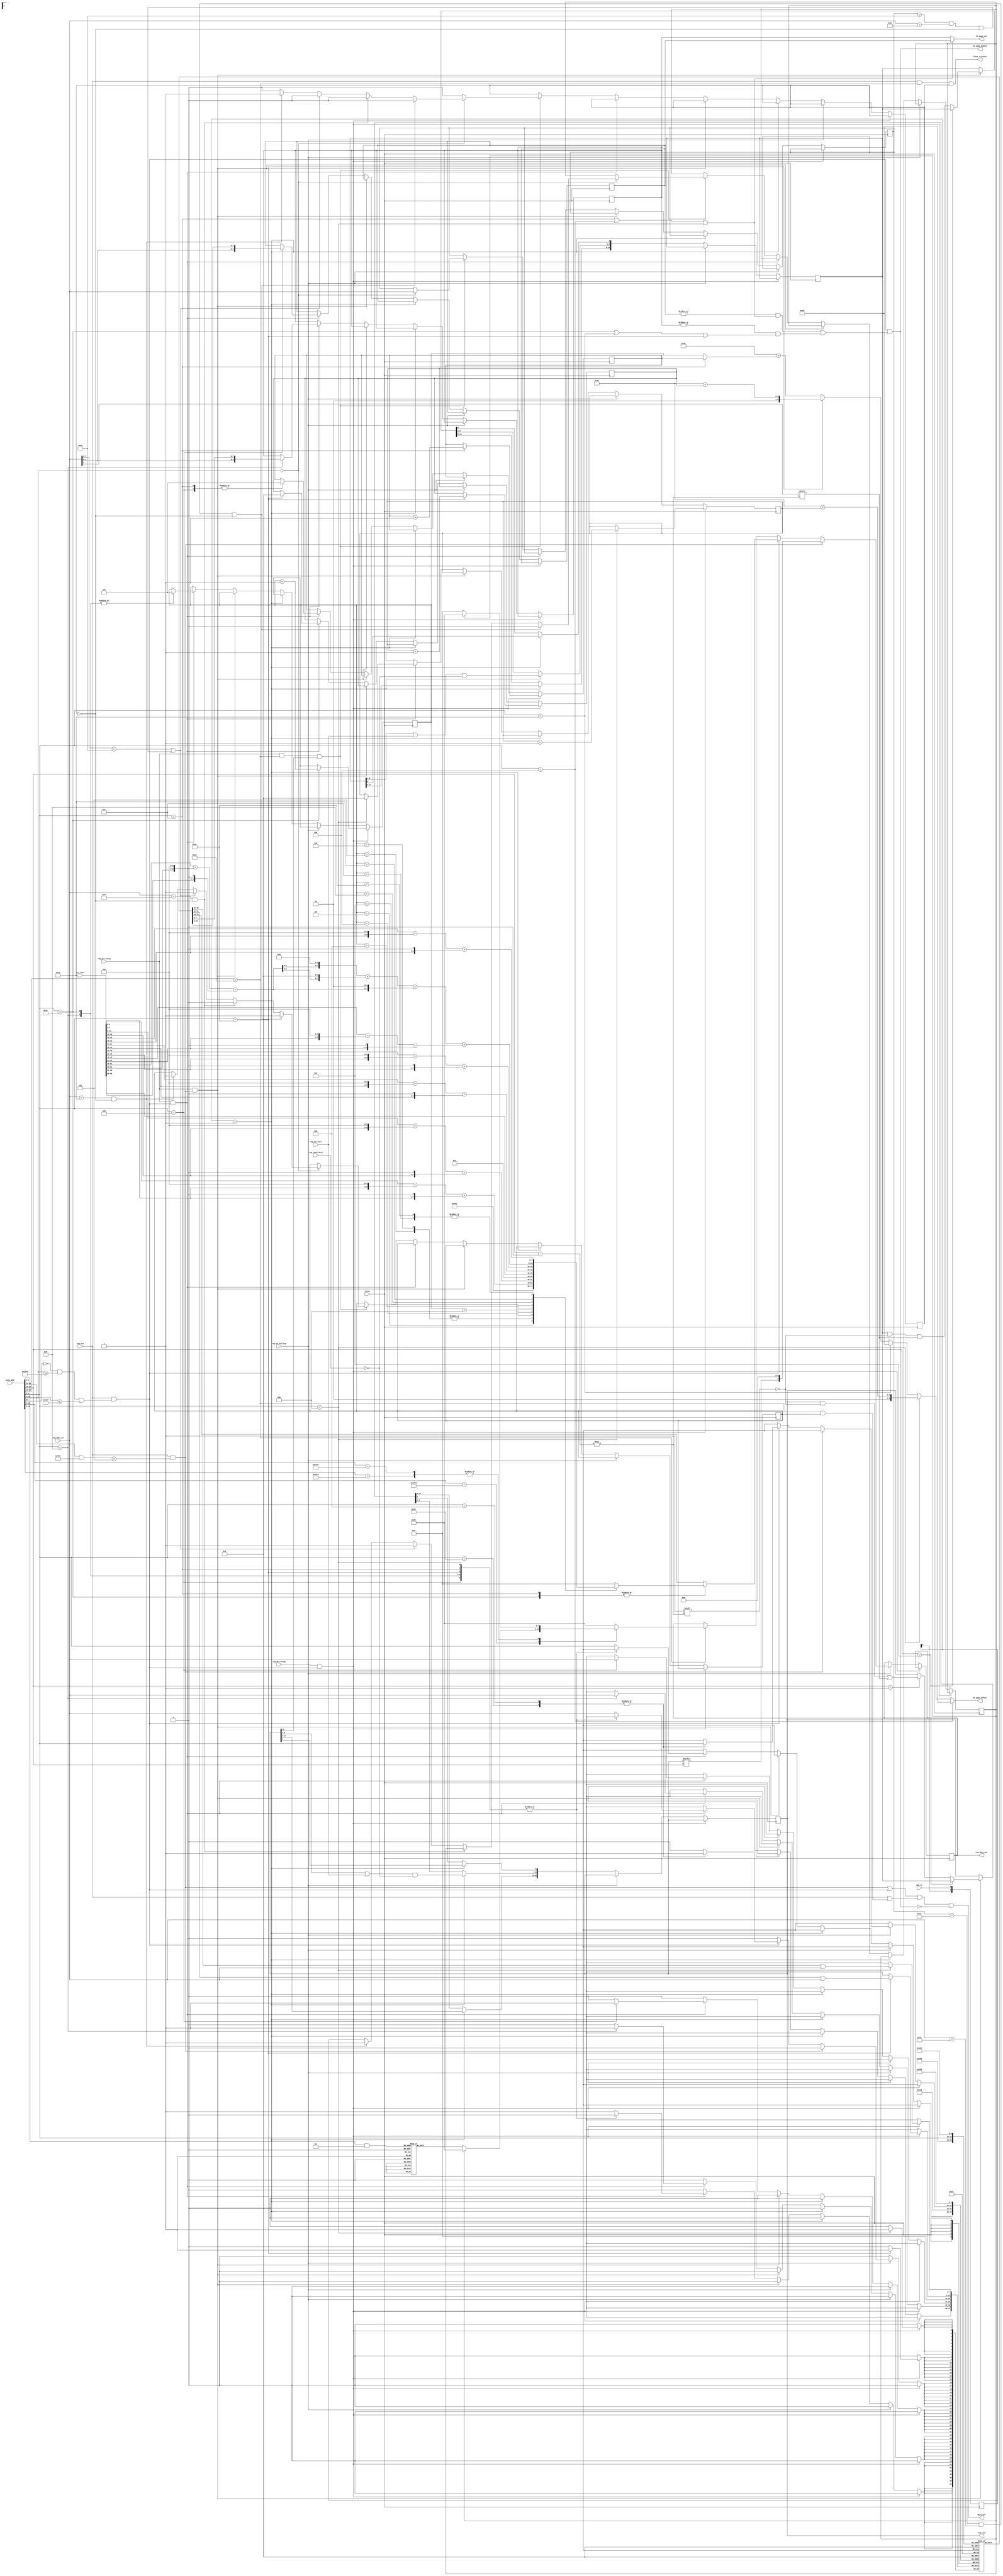
`timescale 1ns / 1ps
//////////////////////////////////////////////////////////////////////////////////
// Company:
// Engineer:
//
// Design Name:
// Module Name:    bsx
// Project Name:
// Target Devices:
// Tool versions:
// Description:
//
// Dependencies:
//
// Revision:
// Revision 0.01 - File Created
// Additional Comments:
//
//////////////////////////////////////////////////////////////////////////////////
module bsx(
  input clkin,
  input reg_oe_falling,
  input reg_oe_rising,
  input reg_we_rising,
  input [23:0] snes_addr,
  input [7:0] reg_data_in,
  output [7:0] reg_data_out,
  input [7:0] reg_reset_bits,
  input [7:0] reg_set_bits,
  output [14:0] regs_out,
  input pgm_we,
  input use_bsx,
  output data_ovr,
  output flash_writable,
  input [59:0] rtc_data,
  output [9:0] bs_page_out, // support only page 0000-03ff
  output bs_page_enable,
  output [8:0] bs_page_offset
);

wire [3:0] reg_addr = snes_addr[19:16]; // 00-0f:5000-5fff
wire [4:0] base_addr = snes_addr[4:0];  // 88-9f -> 08-1f
wire [15:0] flash_addr = snes_addr[15:0];

reg flash_ovr_r;
reg flash_we_r;
reg flash_status_r = 0;
reg [7:0] flash_cmd0;

wire cart_enable = (use_bsx) && ((snes_addr[23:12] & 12'hf0f) == 12'h005);

wire base_enable = (use_bsx) && (!snes_addr[22] && (snes_addr[15:0] >= 16'h2188)
                                 && (snes_addr[15:0] <= 16'h219f));

wire flash_enable = (snes_addr[23:16] == 8'hc0);

wire flash_ovr = (use_bsx)
                 && (flash_enable & flash_ovr_r);

assign flash_writable = (use_bsx)
                        && flash_enable
                        && flash_we_r;

assign data_ovr = (cart_enable | base_enable | flash_ovr) & ~bs_page_enable;


reg [9:0] bs_page0;
reg [9:0] bs_page1;

reg [8:0] bs_page0_offset;
reg [8:0] bs_page1_offset;
reg [4:0] bs_stb0_offset;
reg [4:0] bs_stb1_offset;

wire bs_sta0_en = base_addr == 5'h0a;
wire bs_stb0_en = base_addr == 5'h0b;
wire bs_page0_en = base_addr == 5'h0c;

wire bs_sta1_en = base_addr == 5'h10;
wire bs_stb1_en = base_addr == 5'h11;
wire bs_page1_en = base_addr == 5'h12;

assign bs_page_enable = base_enable & ((|bs_page0 & (bs_page0_en | bs_sta0_en | bs_stb0_en))
                                      |(|bs_page1 & (bs_page1_en | bs_sta1_en | bs_stb1_en)));

assign bs_page_out = (bs_page0_en | bs_sta0_en | bs_stb0_en) ? bs_page0 : bs_page1;

assign bs_page_offset = bs_sta0_en ? 9'h032
                      : bs_stb0_en ? (9'h034 + bs_stb0_offset)
                      : bs_sta1_en ? 9'h032
                      : bs_stb1_en ? (9'h034 + bs_stb1_offset)
                      : (9'h048 + (bs_page0_en ? bs_page0_offset : bs_page1_offset));

reg [1:0] pgm_we_sreg;
always @(posedge clkin) pgm_we_sreg <= {pgm_we_sreg[0], pgm_we};
wire pgm_we_rising = (pgm_we_sreg[1:0] == 2'b01);

reg [14:0] regs_tmpr;
reg [14:0] regs_outr;
reg [7:0] reg_data_outr;

reg [7:0] base_regs[31:8];
reg [4:0] bsx_counter;
reg [7:0] flash_vendor_data[7:0];

assign regs_out = regs_outr;
assign reg_data_out = reg_data_outr;

wire [7:0] rtc_sec = rtc_data[3:0] + (rtc_data[7:4] << 3) + (rtc_data[7:4] << 1);
wire [7:0] rtc_min = rtc_data[11:8] + (rtc_data[15:12] << 3) + (rtc_data[15:12] << 1);
wire [7:0] rtc_hour = rtc_data[19:16] + (rtc_data[23:20] << 3) + (rtc_data[23:20] << 1);
wire [7:0] rtc_day = rtc_data[27:24] + (rtc_data[31:28] << 3) + (rtc_data[31:28] << 1);
wire [7:0] rtc_month = rtc_data[35:32] + (rtc_data[39:36] << 3) + (rtc_data[39:36] << 1);
wire [7:0] rtc_dow = {4'b0,rtc_data[59:56]};
wire [7:0] rtc_year1 = rtc_data[43:40] + (rtc_data[47:44] << 3) + (rtc_data[47:44] << 1);
wire [7:0] rtc_year100 = rtc_data[51:48] + (rtc_data[55:52] << 3) + (rtc_data[55:52] << 1);
wire [15:0] rtc_year = (rtc_year100 << 6) + (rtc_year100 << 5) + (rtc_year100 << 2) + rtc_year1;

initial begin
  regs_tmpr <= 15'b000101111101100;
  regs_outr <= 15'b000101111101100;
  bsx_counter <= 0;
  base_regs[5'h08] <= 0;
  base_regs[5'h09] <= 0;
  base_regs[5'h0a] <= 8'h01;
  base_regs[5'h0b] <= 0;
  base_regs[5'h0c] <= 0;
  base_regs[5'h0d] <= 0;
  base_regs[5'h0e] <= 0;
  base_regs[5'h0f] <= 0;
  base_regs[5'h10] <= 8'h01;
  base_regs[5'h11] <= 0;
  base_regs[5'h12] <= 0;
  base_regs[5'h13] <= 0;
  base_regs[5'h14] <= 0;
  base_regs[5'h15] <= 0;
  base_regs[5'h16] <= 0;
  base_regs[5'h17] <= 0;
  base_regs[5'h18] <= 0;
  base_regs[5'h19] <= 0;
  base_regs[5'h1a] <= 0;
  base_regs[5'h1b] <= 0;
  base_regs[5'h1c] <= 0;
  base_regs[5'h1d] <= 0;
  base_regs[5'h1e] <= 0;
  base_regs[5'h1f] <= 0;
  flash_vendor_data[3'h0] <= 8'h4d;
  flash_vendor_data[3'h1] <= 8'h00;
  flash_vendor_data[3'h2] <= 8'h50;
  flash_vendor_data[3'h3] <= 8'h00;
  flash_vendor_data[3'h4] <= 8'h00;
  flash_vendor_data[3'h5] <= 8'h00;
  flash_vendor_data[3'h6] <= 8'h1a;
  flash_vendor_data[3'h7] <= 8'h00;
  flash_ovr_r <= 1'b0;
  flash_we_r <= 1'b0;
  bs_page0 <= 10'h0;
  bs_page1 <= 10'h0;
  bs_page0_offset <= 9'h0;
  bs_page1_offset <= 9'h0;
  bs_stb0_offset <= 5'h00;
  bs_stb1_offset <= 5'h00;
end

always @(posedge clkin) begin
  if(reg_oe_rising && base_enable) begin
    case(base_addr)
      5'h0b: begin
        bs_stb0_offset <= bs_stb0_offset + 1;
        base_regs[5'h0d] <= base_regs[5'h0d] | reg_data_in;
      end
      5'h0c: bs_page0_offset <= bs_page0_offset + 1;
      5'h11: begin
        bs_stb1_offset <= bs_stb1_offset + 1;
        base_regs[5'h13] <= base_regs[5'h13] | reg_data_in;
      end
      5'h12: bs_page1_offset <= bs_page1_offset + 1;
    endcase
  end else
  if(reg_oe_falling) begin
    if(cart_enable)
      reg_data_outr <= {regs_outr[reg_addr], 7'b0};
    else if(base_enable) begin
      case(base_addr)
        5'h0c, 5'h12: begin
          case (bs_page1_offset)
            4: reg_data_outr <= 8'h3;
            5: reg_data_outr <= 8'h1;
            6: reg_data_outr <= 8'h1;
            10: reg_data_outr <= rtc_sec;
            11: reg_data_outr <= rtc_min;
            12: reg_data_outr <= rtc_hour;
            13: reg_data_outr <= rtc_dow;
            14: reg_data_outr <= rtc_day;
            15: reg_data_outr <= rtc_month;
            16: reg_data_outr <= rtc_year[7:0];
            17: reg_data_outr <= rtc_hour;
            default: reg_data_outr <= 8'h0;
          endcase
        end
        5'h0d, 5'h13: begin
          reg_data_outr <= base_regs[base_addr];
          base_regs[base_addr] <= 8'h00;
        end
        default:
          reg_data_outr <= base_regs[base_addr];
      endcase
    end else if (flash_enable) begin
      casex (flash_addr)
        16'b1111111100000xxx:
          reg_data_outr <= flash_status_r ? 8'h80 : flash_vendor_data[flash_addr&16'h0007];
        16'b1111111100001xxx,
        16'b11111111000100xx:
          reg_data_outr <= flash_status_r ? 8'h80 : 8'h00;
        default:
          reg_data_outr <= 8'h80;
      endcase
    end
  end else if(pgm_we_rising) begin
    regs_tmpr[8:1] <= (regs_tmpr[8:1] | reg_set_bits[7:0]) & ~reg_reset_bits[7:0];
    regs_outr[8:1] <= (regs_outr[8:1] | reg_set_bits[7:0]) & ~reg_reset_bits[7:0];
  end else if(reg_we_rising && cart_enable) begin
    if(reg_addr == 4'he)
      regs_outr <= regs_tmpr;
    else begin
      regs_tmpr[reg_addr] <= reg_data_in[7];
      if(reg_addr == 4'h1) regs_outr[reg_addr] <= reg_data_in[7];
    end
  end else if(reg_we_rising && base_enable) begin
    case(base_addr)
      5'h09: begin
        base_regs[8'h09] <= reg_data_in;
        bs_page0 <= {reg_data_in[1:0], base_regs[8'h08]};
        bs_page0_offset <= 9'h00;
      end
      5'h0b: begin
        bs_stb0_offset <= 5'h00;
      end
      5'h0c: begin
        bs_page0_offset <= 9'h00;
      end
      5'h0f: begin
        base_regs[8'h0f] <= reg_data_in;
        bs_page1 <= {reg_data_in[1:0], base_regs[8'h0e]};
        bs_page1_offset <= 9'h00;
      end
      5'h11: begin
        bs_stb1_offset <= 5'h00;
      end
      5'h12: begin
        bs_page1_offset <= 9'h00;
      end
      default:
        base_regs[base_addr] <= reg_data_in;
    endcase
  end else if(reg_we_rising && flash_enable && regs_outr[4'hc]) begin
    flash_we_r <= 0;
    case(flash_addr)
      16'h0000: begin
        flash_cmd0 <= reg_data_in;
        if((flash_cmd0 == 8'h72 && reg_data_in == 8'h75) & ~flash_we_r) begin
          flash_ovr_r <= 1;
          flash_status_r <= 0;
        end else if((reg_data_in == 8'hff) & ~flash_we_r) begin
          flash_ovr_r <= 0;
          flash_we_r <= 0;
        end else if(reg_data_in[7:1] == 7'b0111000 || ((flash_cmd0 == 8'h38 && reg_data_in == 8'hd0) & ~flash_we_r)) begin
          flash_ovr_r <= 1;
          flash_status_r <= 1;
        end else if((reg_data_in == 8'h10) & ~flash_we_r) begin
          flash_ovr_r <= 1;
          flash_status_r <= 1;
          flash_we_r <= 1;
        end
      end
    endcase
  end
end

endmodule